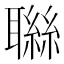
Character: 䏈